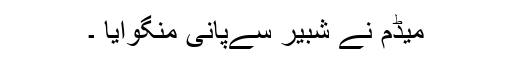
میڈم نے شبیر سےپانی منگوایا ۔